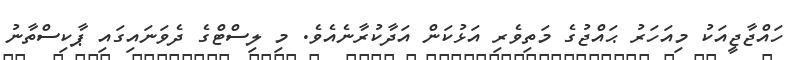
ހައްޖާޖީއަކު މިއަހަރު ޙައްޖުގެ މަތިވެރި އަޅުކަން އަދާކުރާނެއެވެ. މި ލިސްޓްގެ ދެވަނައިގައި ޕާކިސްތާނު